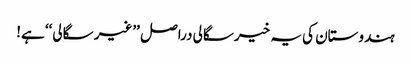
ہندوستان کی یہ خیرسگالی دراصل ’’غیر سگالی‘‘ ہے!